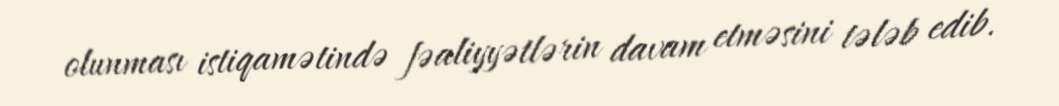
olunması istiqamətində fəaliyyətlərin davam etməsini tələb edib.